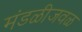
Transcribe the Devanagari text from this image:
मंडळीजवळ